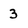
Character: 3